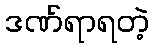
ဒဏ်ရာရတဲ့